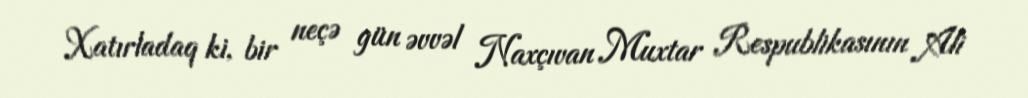
Xatırladaq ki, bir neçə gün əvvəl Naxçıvan Muxtar Respublikasının Ali